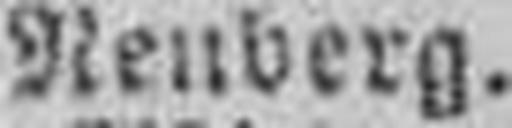
Neuberg.